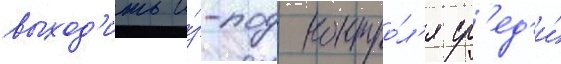
выход'ить и́з-под контро́л'я ср'ед'и́